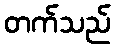
တက်သည်